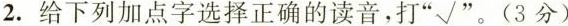
2.给下列加点字选择正确的读音，打”√”。(3分)